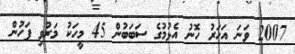
2007 ވަަނަ އަހަރު ހޮނު އެޅުމުގެ ސަބަބުން 45 މީހަކު މަރުވި ފަހުން